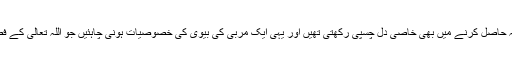
اس کے علاوہ معلوماتِ عامہ حاصل کرنے میں بھی خاصی دل چسپی رکھتی تھیں اور یہی ایک مربی کی بیوی کی خصوصیات ہونی چاہئیں جو اللہ تعالیٰ کے فضل سے ان میں موجود تھیں۔